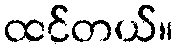
ထင်တယ်။